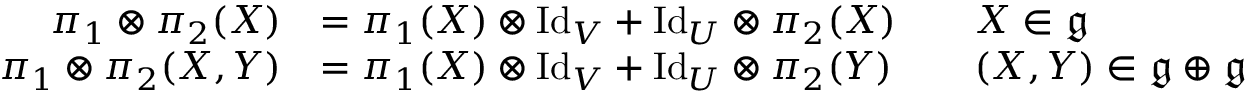
{ \begin{array} { r l r l } { \pi _ { 1 } \otimes \pi _ { 2 } ( X ) } & { = \pi _ { 1 } ( X ) \otimes \mathrm { I d } _ { V } + \mathrm { I d } _ { U } \otimes \pi _ { 2 } ( X ) } & & { X \in { \mathfrak { g } } } \\ { \pi _ { 1 } \otimes \pi _ { 2 } ( X , Y ) } & { = \pi _ { 1 } ( X ) \otimes \mathrm { I d } _ { V } + \mathrm { I d } _ { U } \otimes \pi _ { 2 } ( Y ) } & & { ( X , Y ) \in { \mathfrak { g } } \oplus { \mathfrak { g } } } \end{array} }